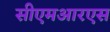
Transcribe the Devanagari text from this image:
सीएमआरएस